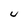
Character: U